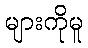
များကိုမူ